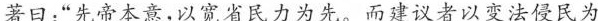
著曰：”先帝本意，以宽省民力为先。而建议者以变法侵民为